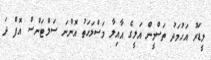
ލީޑަރު އަހުމަދު ތަސްމީން އަލީގެ އާއިލާ މަސްލަހަތު އޮންނަ ސަލްޓަންސް އޮފް ދަ